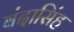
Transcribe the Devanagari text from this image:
बंदासिंह